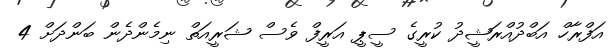
އަފްރާހް އަބްދުއްރަޝީދު ކުރީގެ ސީޕީ އަރީފް ވެސް ޝަރީއަތް ނިމެންދެން ބަންދަށް 4